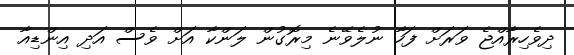
ދިވެހިރާއްޖެ ވަރަށް ފަހާ ނުލެވޭނެ މިރޮގުން ލަންކާ އަށް ވެސް އަދި އިންޑިއާ